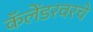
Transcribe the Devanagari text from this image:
कॅलेंडरवरचे